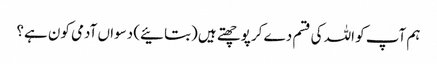
ہم آپ کو اللہ کی قسم دے کر پوچھتے ہیں (بتائیے) دسواں آدمی کون ہے؟